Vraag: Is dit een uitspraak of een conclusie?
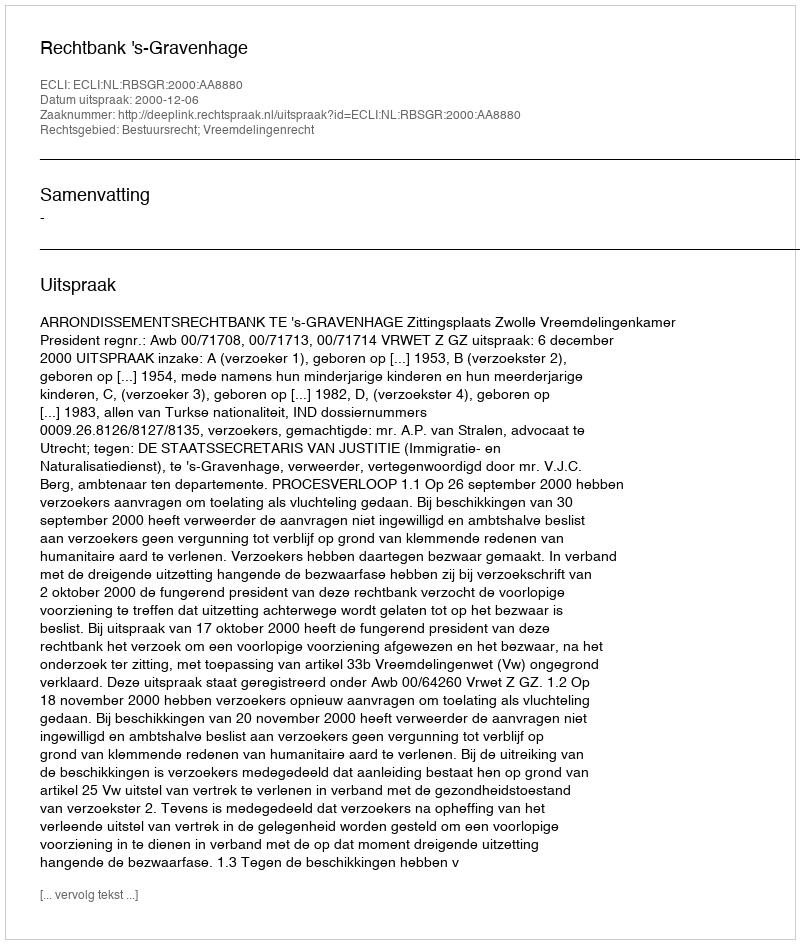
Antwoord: Uitspraak